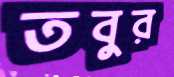
তবুর